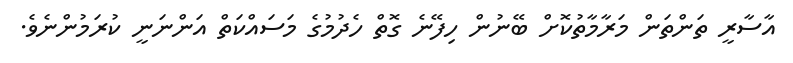
އާސާރީ ތަންތަން މަރާމާތުކޮށް ބޭނުން ހިފޭނެ ގޮތް ހެދުމުގެ މަސައްކަތް އަންނަނީ ކުރަމުންނެވެ.